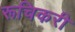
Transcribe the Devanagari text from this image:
रूचिकरी